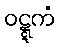
ဝဋ္ဋကံ